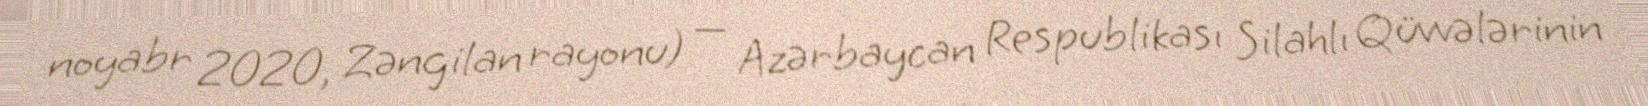
noyabr 2020, Zəngilan rayonu) — Azərbaycan Respublikası Silahlı Qüvvələrinin